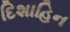
દિશાહિન